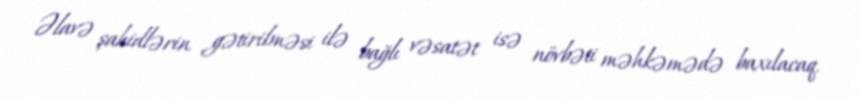
Əlavə şahidlərin gətirilməsi ilə bağlı vəsatət isə növbəti məhkəmədə baxılacaq.